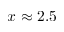
x \approx 2 . 5